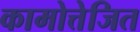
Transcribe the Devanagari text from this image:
कामोत्तेजित